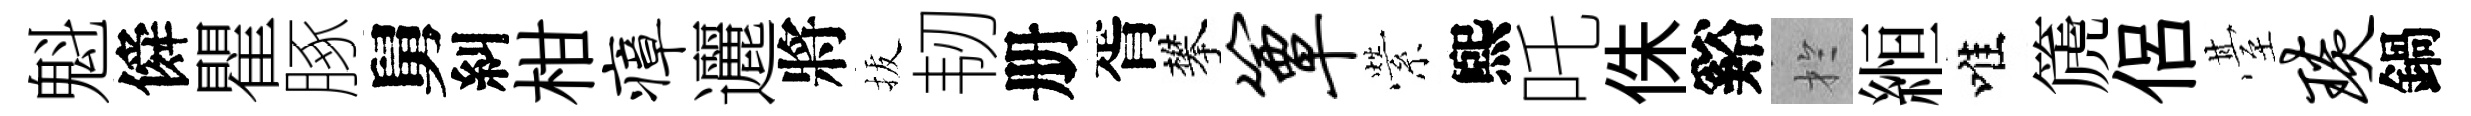
魁僢瞿䐁舅糾柑瘴邐將拔韧册胥攀簟縈煕吒侏谿扵縆唯篪侶䑓琰鍋